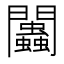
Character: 𨷷